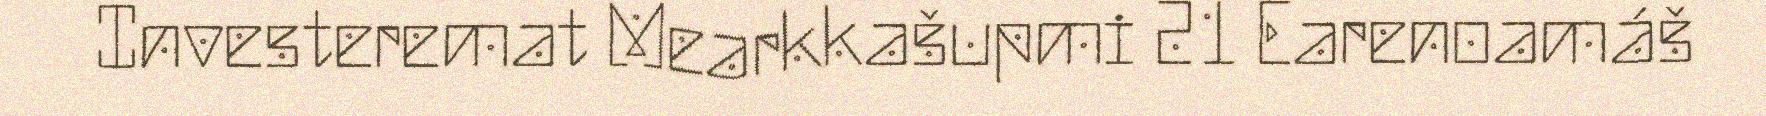
Investeremat Mearkkašupmi 21 Earenoamáš